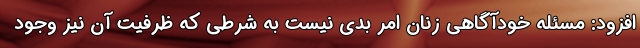
افزود: مسئله خودآگاهی زنان امر بدی نیست به شرطی که ظرفیت آن نیز وجود